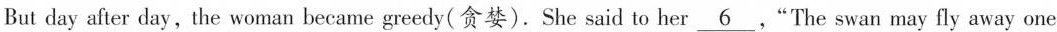
But day after day, the woman became greedy(贪婪).She said to her \underline{6} ，"The swan may fly away one